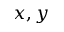
x , y